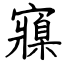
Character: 寱